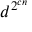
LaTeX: d ^ { 2 ^ { c n } }